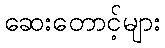
ဆေးတောင့်များ